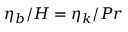
\eta _ { b } / H = \eta _ { k } / P r